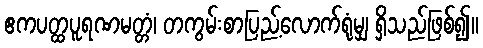
ဧကပတ္ထပူရဏမတ္တံ၊ တကွမ်းစာပြည့်လောက်ရုံမျှ ရှိသည်ဖြစ်၍။